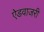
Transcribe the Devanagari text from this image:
ऐडवाजरी